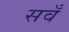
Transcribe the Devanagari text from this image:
सवँ